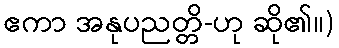
ဧကာ အနုပညတ္တိ-ဟု ဆို၏။)